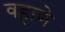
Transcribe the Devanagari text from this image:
वहाणे